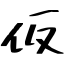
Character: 仮